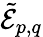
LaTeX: \tilde{\mathcal{E}}_{p,q}